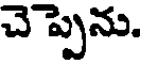
చెప్పెను.